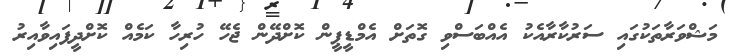
މަޝްވަރާތަކުގައި ސަރުކާރާއެކު އެއްބަސްވި ގޮތަށް އެމްޑީޕީން ކޮށްދޭން ޖެހޭ ހުރިހާ ކަމެއް ކޮށްދީފައިވާއިރު